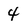
Character: 4